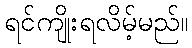
ရင်ကျိုးရလိမ့်မည်။